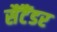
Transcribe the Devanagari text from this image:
सैंटैंडर